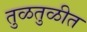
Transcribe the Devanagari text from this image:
तुळतुळीत